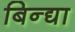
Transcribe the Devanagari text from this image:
बिन्द्या